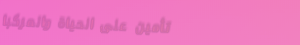
تأمين على الحياة والمركبا